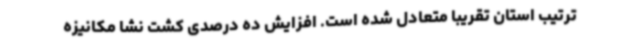
ترتیب استان تقریبا متعادل شده است. افزایش ده درصدی کشت نشا مکانیزه